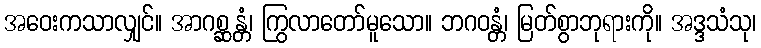
အဝေးကသာလျှင်။ အာဂစ္ဆန္တံ၊ ကြွလာတော်မူသော။ ဘဂဝန္တံ၊ မြတ်စွာဘုရားကို။ အဒ္ဒသံသု၊